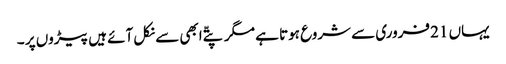
یہاں 21 فروری سے شروع ہوتا ہے مگر پتّے ابھی سے نکل آئے ہیں پیڑوں پر ۔